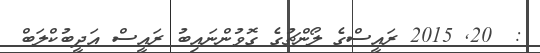
:  20